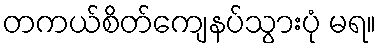
တကယ်စိတ်ကျေနပ်သွားပုံ မရ။